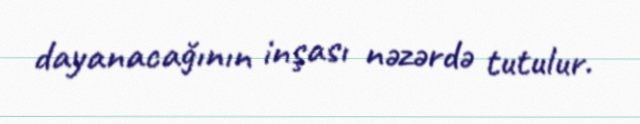
dayanacağının inşası nəzərdə tutulur.